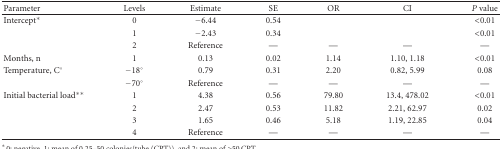
<table><thead><tr><td><b>Parameter</b></td><td><b>Levels</b></td><td><b>Estimate</b></td><td><b>SE</b></td><td><b>OR</b></td><td><b> CI</b></td><td><b><i>P</i> value</b></td></tr></thead><tbody><tr><td>Intercept*</td><td>0</td><td>−6.44</td><td>0.54</td><td></td><td></td><td>&lt;0.01</td></tr><tr><td></td><td>1</td><td>−2.43</td><td>0.34</td><td></td><td></td><td>&lt;0.01</td></tr><tr><td></td><td>2</td><td>Reference</td><td> —</td><td> —</td><td> —</td><td>—</td></tr><tr><td>Months, n</td><td>1</td><td>0.13</td><td>0.02</td><td>1.14</td><td>1.10, 1.18</td><td>&lt;0.01</td></tr><tr><td>Temperature, C°</td><td>−18°</td><td>0.79</td><td>0.31</td><td>2.20</td><td>0.82, 5.99</td><td> 0.08</td></tr><tr><td></td><td>−70°</td><td>Reference</td><td> —</td><td> —</td><td> —</td><td> —</td></tr><tr><td>Initial bacterial load**</td><td>1</td><td>4.38</td><td>0.56</td><td>79.80</td><td>13.4, 478.02</td><td>&lt;0.01</td></tr><tr><td></td><td>2</td><td>2.47</td><td>0.53</td><td>11.82</td><td>2.21, 62.97</td><td> 0.02</td></tr><tr><td></td><td>3</td><td>1.65</td><td>0.46</td><td>5.18</td><td>1.19, 22.85</td><td> 0.04</td></tr><tr><td></td><td>4</td><td>Reference</td><td> —</td><td> —</td><td> —</td><td> —</td></tr></tbody></table>